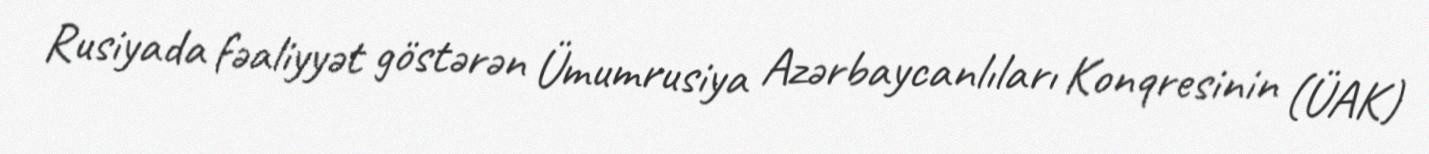
Rusiyada fəaliyyət göstərən Ümumrusiya Azərbaycanlıları Konqresinin (ÜAK)